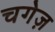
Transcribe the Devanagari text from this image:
चगेज़